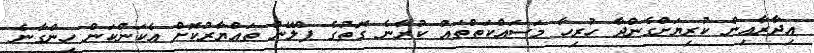
އިދާރާއިން ކުރިޔަށްގެންދާ ހުރިހާ މަސައްކަތްތައް ކުރާނެ ގޮތުގެ ޕްލޭން ތައްޔާރުކޮށް އެކަންކަން ހިންގާނެ